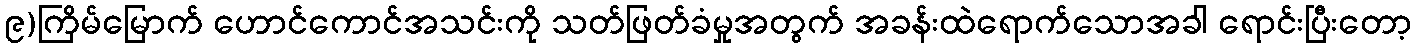
၉)ကြိမ်မြောက် ဟောင်ကောင်အသင်းကို သတ်ဖြတ်ခံမှုအတွက် အခန်းထဲရောက်သောအခါ ရောင်းပြီးတော့